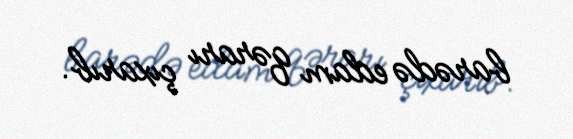
barədə edam qərarı çıxarıb.